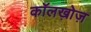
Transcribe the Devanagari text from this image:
कॉलख़ोज़